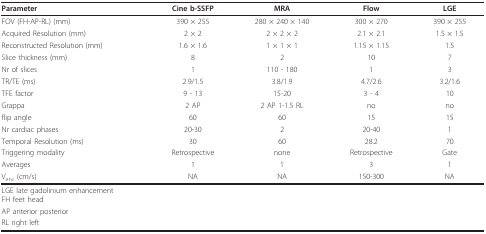
| Parameter | Cine b-SSFP | MRA | Flow | LGE |
 | --- | --- | --- | --- | --- |
 | FOV (FH-AP-RL) (mm) | 390 × 255 | 280 × 240 × 140 | 300 × 270 | 390 × 255 |
 | Acquired Resolution (mm) | 2 × 2 | 2 × 2 × 2 | 2.1 × 2.1 | 1.5 × 1.5 |
 | Reconstructed Resolution (mm) | 1.6 × 1.6 | 1 × 1 × 1 | 1.15 × 1.15 | 1.5 |
 | Slice thickness (mm) | 8 | 2 | 10 | 7 |
 | Nr of slices | 1 | 110 - 180 | 1 | 3 |
 | TR/TE (ms) | 2.9/1.5 | 3.8/1.9 | 4.7/2.6 | 3.2/1.6 |
 | TFE factor | 9 - 13 | 15-20 | 3 - 4 | 10 |
 | Grappa | 2 AP | 2 AP 1-1.5 RL | no | no |
 | flip angle | 60 | 60 | 15 | 15 |
 | Nr cardiac phases | 20-30 | 2 | 20-40 | 1 |
 | Temporal Resolution (ms) | 30 | 60 | 28.2 | 70 |
 | Triggering modality | Retrospective | none | Retrospective | Gate |
 | Averages | 1 | 1 | 3 | 1 |
 | Venc (cm/s) | NA | NA | 150-300 | NA |
 | LGE late gadolinium enhancementFH feet head |  |  |  |  |
 | AP anterior posterior |  |  |  |  |
 | RL right left |  |  |  |  |